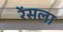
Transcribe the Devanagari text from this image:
रेंसला